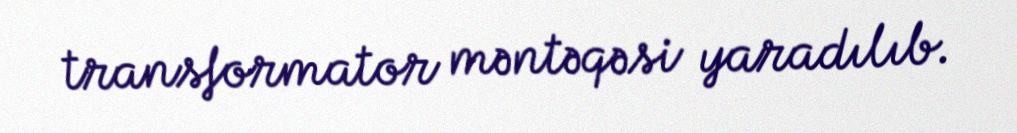
transformator məntəqəsi yaradılıb.